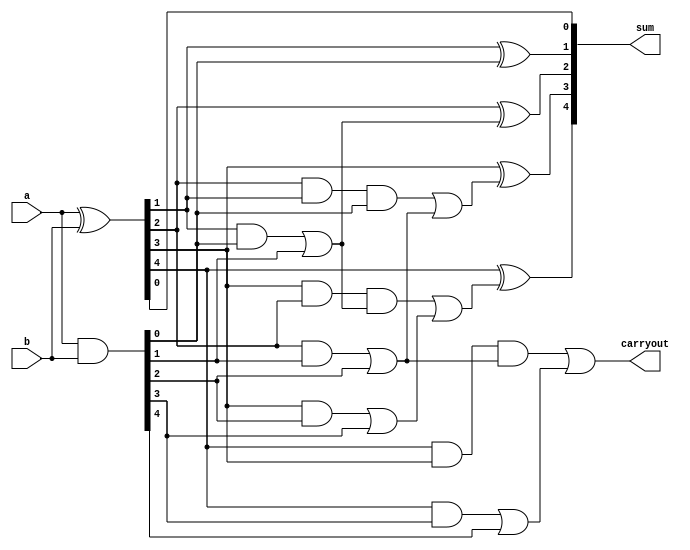
module ksa4(input [4:0]a,
input [4:0]b,output [4:0]sum,
output carryout
    );
wire [4:0] p,g,cp,cg,ccg,ccp,c;

assign p=a^b;
assign g=a&b;

assign cg[0]=(g[0]);
assign cp[0]=(p[0]);

assign cg[1]=(p[1]&g[0])|g[1];
assign cp[1]=(p[1]&p[0]);

assign cg[2]=(p[2]&g[1])|g[2];
assign cp[2]=p[2]&p[1];

assign cg[3]=(p[3]&g[2])|g[3];
assign cp[3]=p[3]&p[2];

assign cg[4]=(p[4]&g[3])|g[4];
assign cp[4]=p[4]&p[3];

assign ccg[0]=cg[0];
assign ccp[0]=cp[0];

assign ccg[1]=cg[1];
assign ccp[1]=cp[1];

assign ccg[2]=(cp[2]&cg[0])|cg[2];
assign ccp[2]=cp[2]&cp[0];

assign ccg[3]=(cp[3]&cg[1])|cg[3];
assign ccp[3]=cp[3]&cp[1];

assign ccg[4]=(cp[4]&cg[2])|cg[4];
assign ccp[4]=cp[4]&cp[2];

assign c=ccg;
assign sum[0]=p[0];
assign sum[1]=p[1]^c[0];
assign sum[2]=p[2]^c[1];
assign sum[3]=p[3]^c[2];
assign sum[4]=p[4]^c[3];
assign carryout=c[4];


endmodule